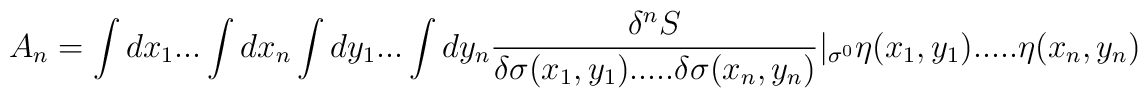
A_{n}=\int dx_{1}...\int dx_{n}\int dy_{1} ... \int dy_{n}{\delta^{n} S\over\delta\sigma (x_{1},y_{1}) .....\delta\sigma (x_{n},y_{n})}|_{\sigma^{0}}\eta (x_{1},y_{1}).....\eta (x_{n},y_{n})